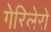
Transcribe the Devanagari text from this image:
गेरिलेरो